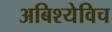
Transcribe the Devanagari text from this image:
अबिश्येविच